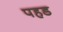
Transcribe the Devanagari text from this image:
पहड